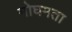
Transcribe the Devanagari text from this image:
मोघमता